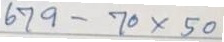
679 - 70 x 50